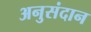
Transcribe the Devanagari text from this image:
अनुसंदान